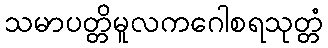
သမာပတ္တိမူလကဂေါစရသုတ္တံ